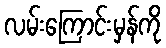
လမ်းကြောင်းမှန်ကို